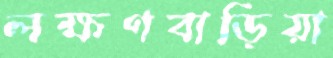
লক্ষণবাড়িয়া